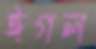
ঈগল